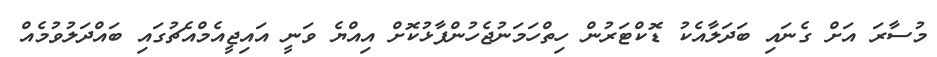
މުސާރަ އަށް ގެނައި ބަދަލާއެކު ޑޮކްޓަރުން ހިތްހަމަނުޖެހުންފާޅުކޮށް އިއްޔެ ވަނީ އައިޖީއެމްއެޗުގައި ބައްދަލުވުމެއް